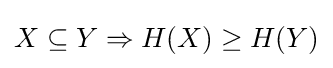
X\subseteq Y\Rightarrow H(X)\geq H(Y)